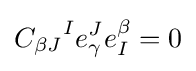
{C_{\beta J}}^{I}e_{\gamma }^{J}e_{I}^{\beta }=0